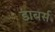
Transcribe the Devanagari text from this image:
डाबर्स